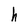
Character: h